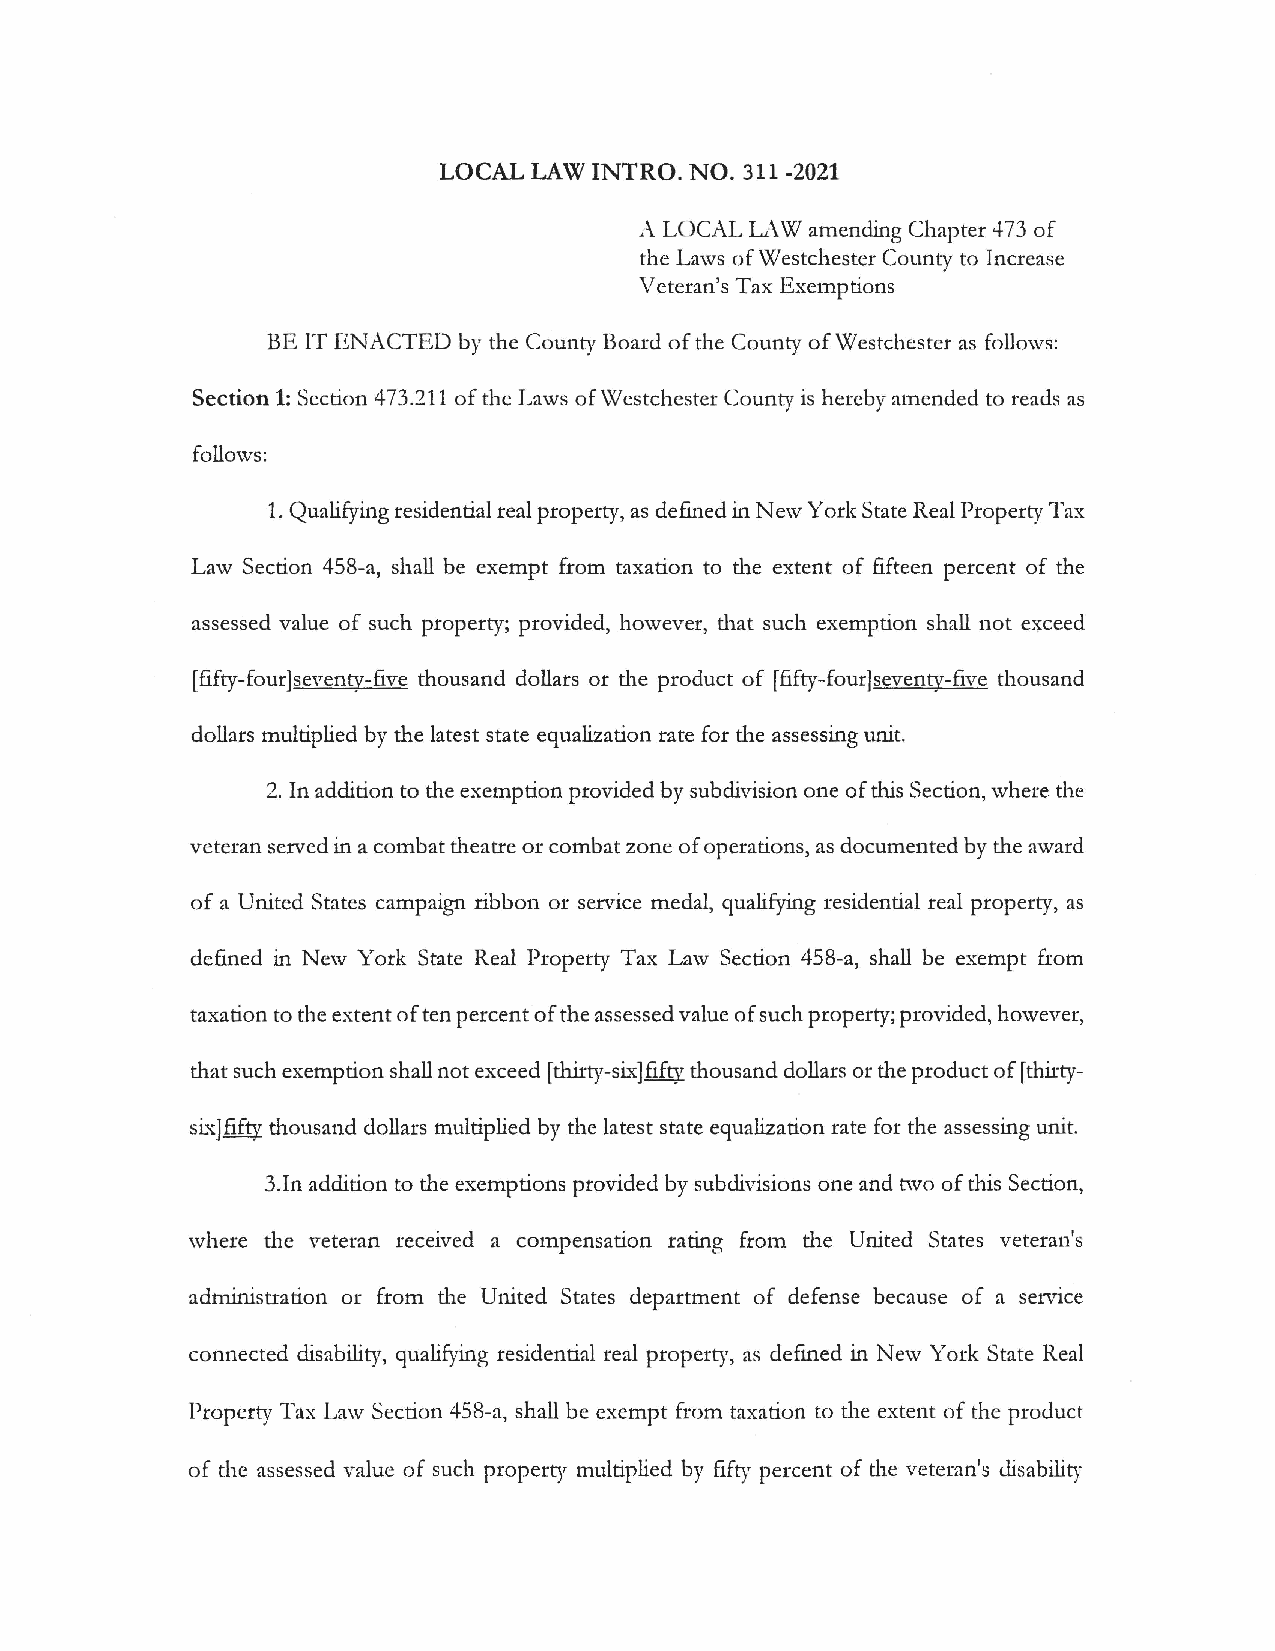
LOCAL LAW INTRO. NO. 311 -2021
 A LOCAL L\W amending Chapter 473 of
 the Laws of Westchester County to Increase
 Veteran's Tax Exemptions
 BE IT ENACTED by the County Board of the County of Westchester as follows:
 Section 1: Section 473.211 of the Laws of Westchester County is hereby amended to reads as
 follows:
 1. Qualifying residential real property, as defined in New York State Real Property Tax
 Law Section 458-a, shall be exempt from taxation to the extent of fifteen percent of the
 assessed value of such property; provided, however, that such exemption shall not exceed
 [fifty-four]seventy-five thousand dollars or the product of [fifty-four]seventy-five thousand
 dollars multiplied by the latest state equalization rate for the assessing unit.
 2. In addition to the exemption provided by subdivision one of this Section, where the
 veteran served in a combat theatre or combat zone of operations, as documented by the award
 of a United States campaign ribbon or service medal, qualifying residential real property, as
 defined in New York State Real Property Tax Law Section 458-a, shall be exempt from
 taxation to the extent of ten percent of the assessed value of such property; provided, however,
 that such exemption shall not exceed [thirty-sL~]fift:y thousand dollars or the product offt hirty
 six]fifty thousand dollars multiplied by the latest state equalization rate for the assessing unit.
 3.In addition to the exemptions provided by subdivisions one and two of this Section,
 where the veteran received a compensation rating from the United States veteran's
 administration or from the United States department of defense because of a service
 connected disability, qualifying residential real property, as defined in New York State Real
 Property Tax Law Section 458-a, shall be exempt from taxation to the extent of the product
 of the assessed value of such property multiplied by fifty percent of the veteran's <lisability